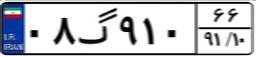
۰۸گ۹۱۰۶۶